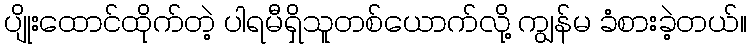
ပျိုးထောင်ထိုက်တဲ့ ပါရမီရှိသူတစ်ယောက်လို့ ကျွန်မ ခံစားခဲ့တယ်။